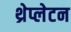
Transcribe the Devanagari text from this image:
थ्रेप्लेटन